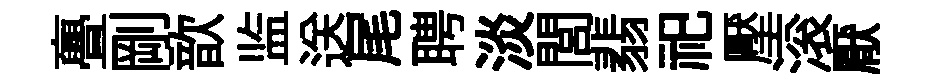
亹剛歆监送尾聘淡閭翡祀壓滚厭